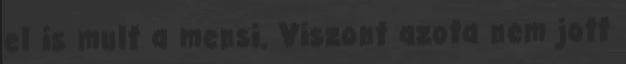
el is mult a mensi. Viszont azota nem jott